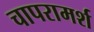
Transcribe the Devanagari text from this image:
चापरामर्श